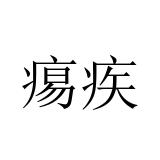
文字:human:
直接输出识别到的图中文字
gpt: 痬疾